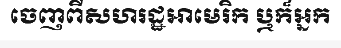
ចេញពីសហរដ្ឋអាមេរិក ឬក៏អ្នក